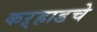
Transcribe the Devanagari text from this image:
कऱ्हाडचे